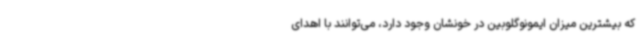
که بیشترین میزان ایمونوگلوبین در خونشان وجود دارد، می‌توانند با اهدای